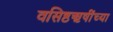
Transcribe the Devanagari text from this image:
वसिष्ठऋषींच्या